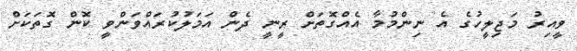
ވީއިރު މަޖިލީހުގެ އެ ނިންމުމާ އެއްގޮތަށް ރީނީ ދެން އަމަލުކުރައްވަންވީ ކޮން ގޮތަކަށް